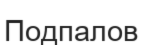
Подпалов